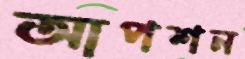
আপশন